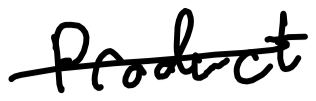
Text: product
Cross-out: single-line
Writing tool: digital_black